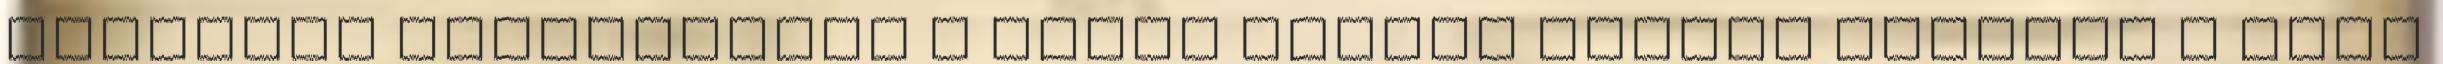
egyrészt stabilabban a tarkó mögött tudjuk tartani a jobb